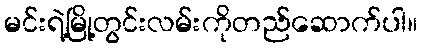
မင်းရဲ့မြို့တွင်းလမ်းကိုတည်ဆောက်ပါ။